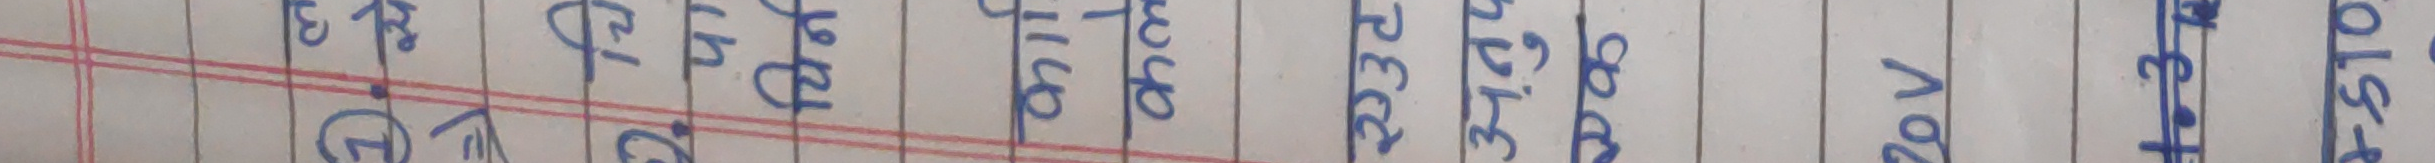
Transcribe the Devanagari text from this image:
चिर्न
कर्णा
कल
एउट
अनुप
एक
OV
1.3
+$10